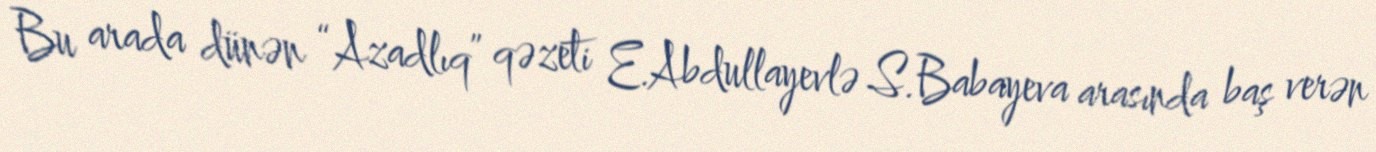
Bu arada dünən “Azadlıq” qəzeti E.Abdullayevlə S.Babayeva arasında baş verən